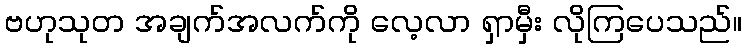
ဗဟုသုတ အချက်အလက်ကို လေ့လာ ရှာမှီး လိုကြပေသည်။